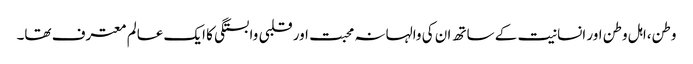
وطن،اہل وطن اور انسانیت کے ساتھ ان کی والہانہ محبت اور قلبی وابستگی کا ایک عالم معترف تھا۔